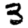
Digit: 3